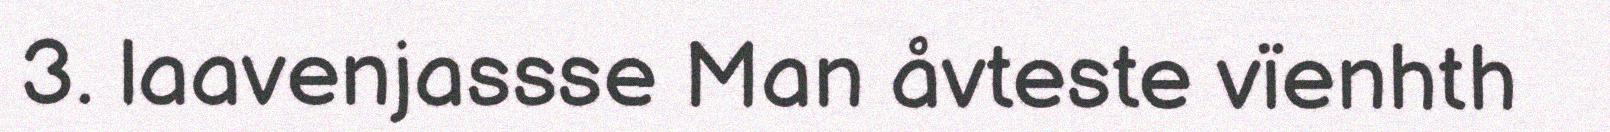
3. laavenjassse Man åvteste vïenhth